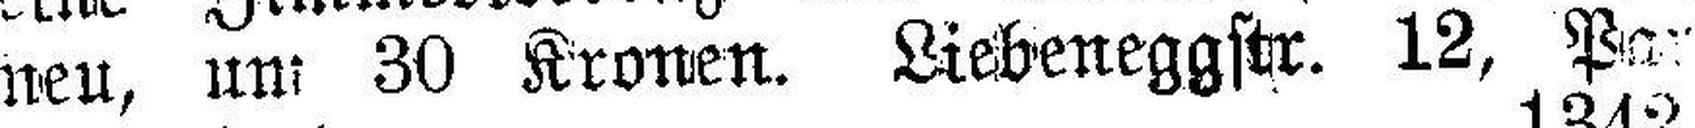
neu, um 30 Kronen. Liebeneggstr. 12, Par¬